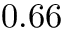
0 . 6 6